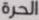
الحرة